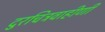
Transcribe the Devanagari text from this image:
दुरचित्रवाहीणी